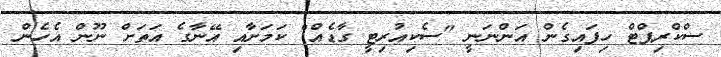
ސްކްރިޕްޓް ހިފައިގެން އަންނަނީ "ސެކިއުރިޓީ ގާޑެއް" ކަމަށާއި އޭނާގެ އަތަށް ނޫން އެހެން